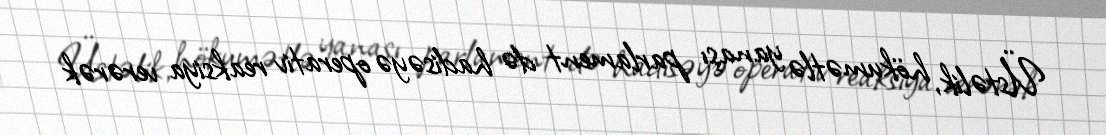
Üstəlik, hökumətlə yanaşı parlament də hadisəyə operativ reaksiya verərək